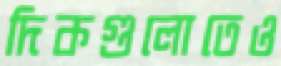
দিকগুলোতেও